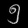
Digit: ၅